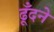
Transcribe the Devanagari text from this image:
ढूँदने